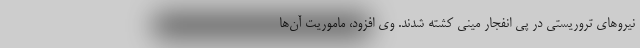
نیرو‌های تروریستی در پی انفجار مینی کشته شدند. وی افزود، ماموریت آن‌ها